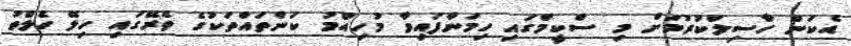
އެކަން ހާސިލްކުރުމަށް މި ސްކީމްގައި ހިމަނާފައިވާ މުހިއްމު ކަންތައްތަކުގެ ތެރޭގައި ހިލޭ ހެލްތު